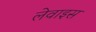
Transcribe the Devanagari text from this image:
लेवाइस